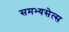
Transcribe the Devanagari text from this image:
समभ्यसेत्स